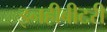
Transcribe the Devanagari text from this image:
इनहीबीटरी